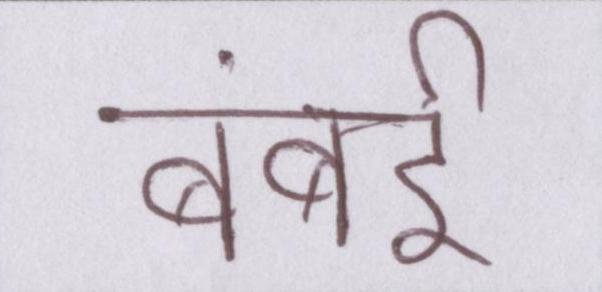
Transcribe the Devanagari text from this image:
बंबई